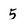
Character: 5